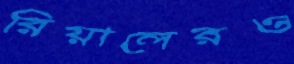
রিয়ালেরও